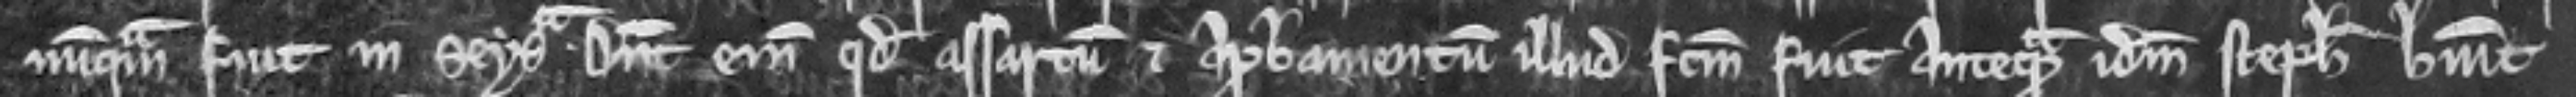
nunquam fuit in seisina. Dicunt enim quod assartum et aprobamentum illud factum fuit antequam idem Stephanus habuit